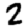
Digit: 2